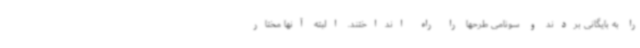
را به بایگانی بردند و سونامی طرحها را راه انداختند. البته آنها مختار